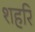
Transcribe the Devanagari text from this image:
शहरि